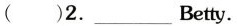
( )2.___Betty.